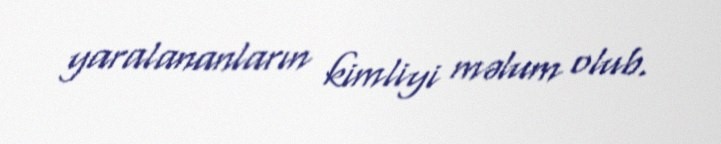
yaralananların kimliyi məlum olub.